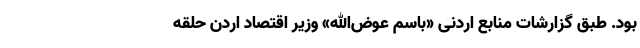
بود. طبق گزارشات منابع اردنی «باسم عوض‌الله» وزیر اقتصاد اردن حلقه